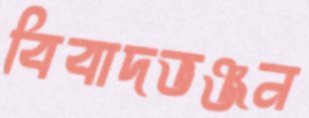
বিবাদভঞ্জন